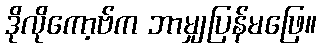
ဒိုလိုကော့ဗ်က ဘာမျှပြန်မဖြေ။